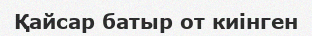
Қайсар батыр от киінген